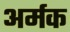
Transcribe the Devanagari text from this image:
अर्मक